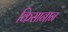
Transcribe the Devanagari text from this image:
किसानान